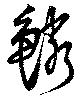
鱗